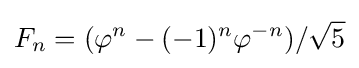
F_{n}=(\varphi ^{n}-(-1)^{n}\varphi ^{-n})/{\sqrt {5}}